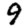
Digit: 9